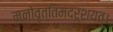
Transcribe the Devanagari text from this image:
मनोवृत्तिमदर्शयत्।